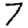
Digit: 7